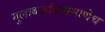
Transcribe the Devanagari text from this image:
गुलाबजांबांप्रमाणेच